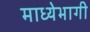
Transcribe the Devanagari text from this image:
माध्येभागी